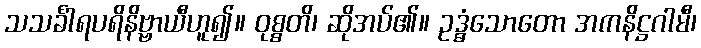
သသင်္ခါရပရိနိဗ္ဗာယီဟူ၍။ ဝုစ္စတိ၊ ဆိုအပ်၏။ ဥဒ္ဓံသောတော အကနိဋ္ဌဂါမီ၊